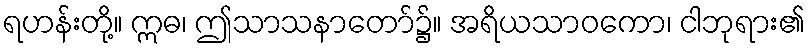
ရဟန်းတို့။ ဣဓ၊ ဤသာသနာတော်၌။ အရိယသာဝကော၊ ငါဘုရား၏